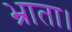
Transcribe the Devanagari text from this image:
भ्राता।